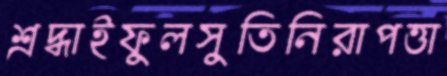
শ্রদ্ধাইফুলসুতিনিরাপত্তা